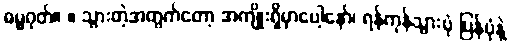
ဓမ္မဂုတ်။ ။ သွားတဲ့အတွက်တော့ အကျိုးရှိမှာပေါ့နော်၊ ရန်ကုန်သွားပုံ ပြန်ပုံနဲ့